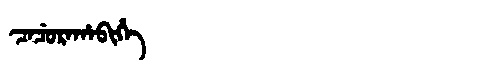
Manchu: ᠴᠠᠴᡠᡵᠠᡥᠠᠪᡳᡥᡝ
Romanization: CACURAHABIHE